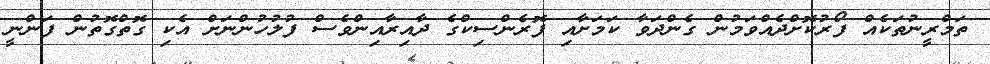
ތަމްރީނުތަކެއް ފޯރުކޮށްދެއްވަމުން ގެންދަވާ ކަމަށާއި ފޮރެންސިކްގެ ދާއިރާއިންވެސް ފުލުހުންނަށް އެކި ގޮތްގޮތުން ފަންނީ